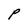
Character: P